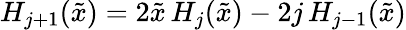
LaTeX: \begin{array}{r}{H_{j+1}(\tilde{x})=2\tilde{x}\, H_{j}(\tilde{x})-2j\, H_{j-1}(\tilde{x})}\end{array}